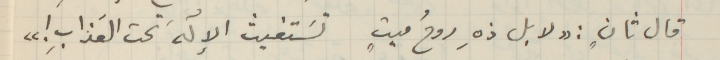
قال ثانٍ: "لا بل ذهِ روحُ ميتٍ تسَتغيث الإلَهَ تحت العَذابِ!"